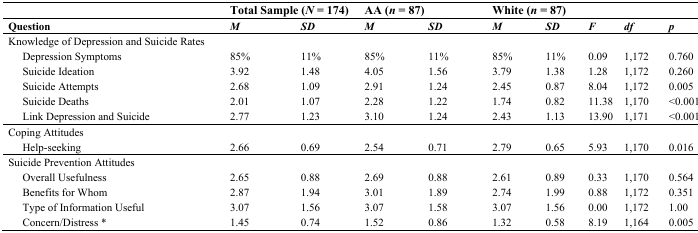
|  | <COLSPAN=2> Total Sample (N = 174) | <COLSPAN=2> AA (n = 87) | <COLSPAN=2> White (n = 87) |  | <COLSPAN=2>  |
 | Question | M | SD | M | SD | M | SD | F | df | p |
 | --- | --- | --- | --- | --- | --- | --- | --- | --- | --- |
 | Knowledge of Depression and Suicide Rates | <COLSPAN=9>  |
 | Depression Symptoms | 85% | 11% | 85% | 11% | 85% | 11% | 0.09 | 1,172 | 0.760 |
 | Suicide Ideation | 3.92 | 1.48 | 4.05 | 1.56 | 3.79 | 1.38 | 1.28 | 1,172 | 0.260 |
 | Suicide Attempts | 2.68 | 1.09 | 2.91 | 1.24 | 2.45 | 0.87 | 8.04 | 1,172 | 0.005 |
 | Suicide Deaths | 2.01 | 1.07 | 2.28 | 1.22 | 1.74 | 0.82 | 11.38 | 1,170 | <0.001 |
 | Link Depression and Suicide | 2.77 | 1.23 | 3.10 | 1.24 | 2.43 | 1.13 | 13.90 | 1,171 | <0.001 |
 | Coping Attitudes |  |  |  |  |  |  |  |  |  |
 | Help-seeking | 2.66 | 0.69 | 2.54 | 0.71 | 2.79 | 0.65 | 5.93 | 1,170 | 0.016 |
 | Suicide Prevention Attitudes |  |  |  |  |  |  |  |  |  |
 | Overall Usefulness | 2.65 | 0.88 | 2.69 | 0.88 | 2.61 | 0.89 | 0.33 | 1,170 | 0.564 |
 | Benefits for Whom | 2.87 | 1.94 | 3.01 | 1.89 | 2.74 | 1.99 | 0.88 | 1,172 | 0.351 |
 | Type of Information Useful | 3.07 | 1.56 | 3.07 | 1.58 | 3.07 | 1.56 | 0.00 | 1,172 | 1.00 |
 | Concern/Distress * | 1.45 | 0.74 | 1.52 | 0.86 | 1.32 | 0.58 | 8.19 | 1,164 | 0.005 |